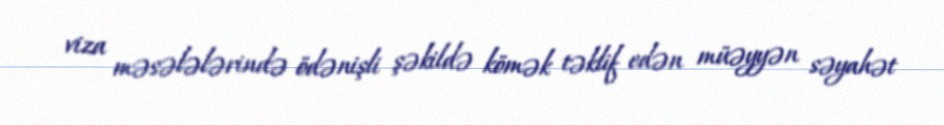
viza məsələlərində ödənişli şəkildə kömək təklif edən müəyyən səyahət